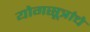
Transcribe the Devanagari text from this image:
योगसूत्रांचे